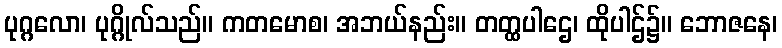
ပုဂ္ဂလော၊ ပုဂ္ဂိုလ်သည်။ ကတမောစ၊ အဘယ်နည်း။ တတ္ထပါဌေ၊ ထိုပါဌ်၌။ ဘောဇနေ၊